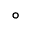
^ \circ